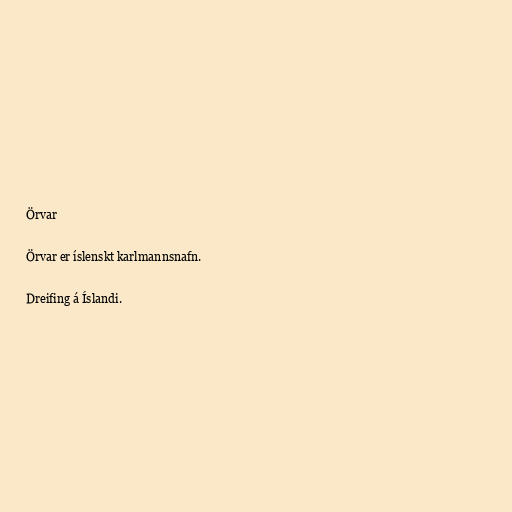
Örvar

Örvar er íslenskt karlmannsnafn.

Dreifing á Íslandi.